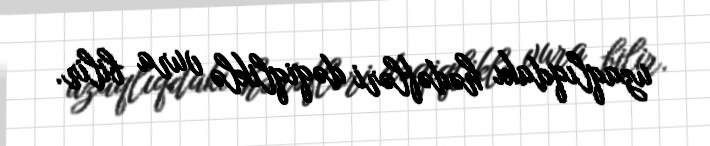
uzaqlıqdakı hədəfləri dəqiqliklə vura bilir.